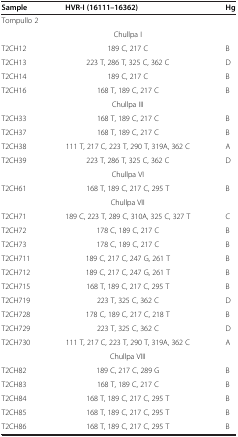
<table><thead><tr><td><b>Sample</b></td><td><b>HVR-I (16111–16362)</b></td><td><b>Hg</b></td></tr></thead><tbody><tr><td colspan="3">Tompullo 2</td></tr><tr><td> </td><td>Chullpa I</td><td> </td></tr><tr><td>T2CH12</td><td>189 C, 217 C</td><td>B</td></tr><tr><td>T2CH13</td><td>223 T, 286 T, 325 C, 362 C</td><td>D</td></tr><tr><td>T2CH14</td><td>189 C, 217 C</td><td>B</td></tr><tr><td>T2CH16</td><td>168 T, 189 C, 217 C</td><td>B</td></tr><tr><td> </td><td>Chullpa III</td><td> </td></tr><tr><td>T2CH33</td><td>168 T, 189 C, 217 C</td><td>B</td></tr><tr><td>T2CH37</td><td>168 T, 189 C, 217 C</td><td>B</td></tr><tr><td>T2CH38</td><td>111 T, 217 C, 223 T, 290 T, 319A, 362 C</td><td>A</td></tr><tr><td>T2CH39</td><td>223 T, 286 T, 325 C, 362 C</td><td>D</td></tr><tr><td> </td><td>Chullpa VI</td><td> </td></tr><tr><td>T2CH61</td><td>168 T, 189 C, 217 C, 295 T</td><td>B</td></tr><tr><td> </td><td>Chullpa VII</td><td> </td></tr><tr><td>T2CH71</td><td>189 C, 223 T, 289 C, 310A, 325 C, 327 T</td><td>C</td></tr><tr><td>T2CH72</td><td>178 C, 189 C, 217 C</td><td>B</td></tr><tr><td>T2CH73</td><td>178 C, 189 C, 217 C</td><td>B</td></tr><tr><td>T2CH711</td><td>189 C, 217 C, 247 G, 261 T</td><td>B</td></tr><tr><td>T2CH712</td><td>189 C, 217 C, 247 G, 261 T</td><td>B</td></tr><tr><td>T2CH715</td><td>168 T, 189 C, 217 C, 295 T</td><td>B</td></tr><tr><td>T2CH719</td><td>223 T, 325 C, 362 C</td><td>D</td></tr><tr><td>T2CH728</td><td>178 C, 189 C, 217 C, 218 T</td><td>B</td></tr><tr><td>T2CH729</td><td>223 T, 325 C, 362 C</td><td>D</td></tr><tr><td>T2CH730</td><td>111 T, 217 C, 223 T, 290 T, 319A, 362 C</td><td>A</td></tr><tr><td> </td><td>Chullpa VIII</td><td> </td></tr><tr><td>T2CH82</td><td>189 C, 217 C, 289 G</td><td>B</td></tr><tr><td>T2CH83</td><td>168 T, 189 C, 217 C</td><td>B</td></tr><tr><td>T2CH84</td><td>168 T, 189 C, 217 C, 295 T</td><td>B</td></tr><tr><td>T2CH85</td><td>168 T, 189 C, 217 C, 295 T</td><td>B</td></tr><tr><td>T2CH86</td><td>168 T, 189 C, 217 C, 295 T</td><td>B</td></tr></tbody></table>